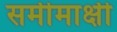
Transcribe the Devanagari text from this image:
समीमाक्षी